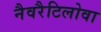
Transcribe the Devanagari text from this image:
नैवरैटिलोवा